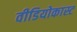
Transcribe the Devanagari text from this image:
वीडियोकास्ट